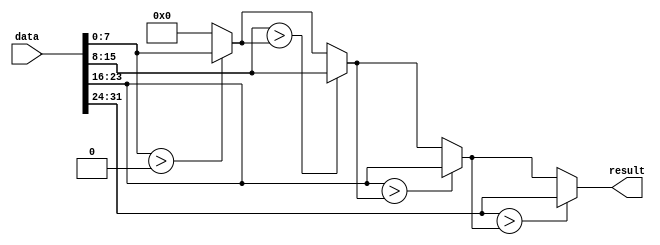


// LeNet Maximum Operation


module Max

//----------------------------------------------------------------
// Params
//----------------------------------------------------------------

#(
    parameter BITWIDTH = 8,
    parameter LENGTH = 4
)

//----------------------------------------------------------------
// Ports
//----------------------------------------------------------------

(
    input [BITWIDTH * LENGTH - 1 : 0] data,
    output reg [BITWIDTH - 1 : 0] result
);

//----------------------------------------------------------------
// Registers / Wires
//----------------------------------------------------------------

wire [BITWIDTH - 1:0] dataArray[0:LENGTH - 1];
genvar len;
integer row;

//----------------------------------------------------------------
// Circuits
//----------------------------------------------------------------

generate
    for(len = 0; len < LENGTH; len = len + 1) begin
        assign dataArray[len] = data[len * BITWIDTH + BITWIDTH - 1: len * BITWIDTH];
    end
endgenerate

always @(*) begin
    result = 0;
    for(row = 0; row < LENGTH; row = row + 1) begin
        if(dataArray[row] > result) begin
            result = dataArray[row];
        end
    end
end

endmodule